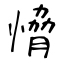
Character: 愶